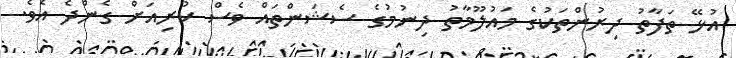
އުޅޭ ތަފާތު ދިރުންތަކުގެ މައުލޫމާތު ދިނުމުގެ ސެޝަންތައް ވެސް ކުރިއަށް ގެންދެ އެވެ.